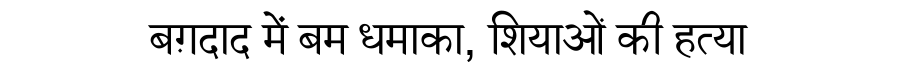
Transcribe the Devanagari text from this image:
बग़दाद में बम धमाका, शियाओं की हत्या